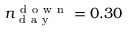
n _ { \mathrm { ~ d ~ a ~ y ~ } } ^ { \mathrm { ~ d ~ o ~ w ~ n ~ } } = 0 . 3 0